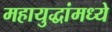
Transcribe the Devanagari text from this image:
महायुद्धांमध्ये